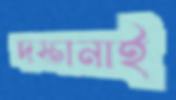
দস্তানাই